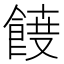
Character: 𮨾